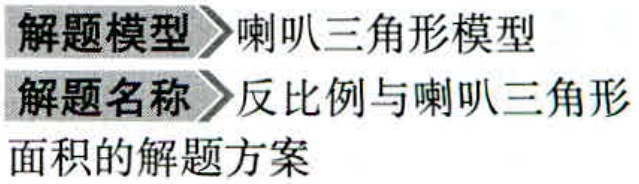
解题模型 喇叭三角形模型
解题名称 反比例与喇叭三角形
面积的解题方案